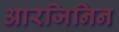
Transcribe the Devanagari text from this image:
आरजिनिन